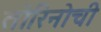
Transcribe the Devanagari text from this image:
तोरिनोची